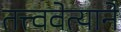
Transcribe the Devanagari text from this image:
तत्त्ववेत्याने